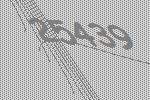
25439